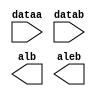
module lpm_compare0sdfhfdhw (
	dataa,
	datab,
	alb,
	aleb);

	input	[8:0]  dataa;
	input	[8:0]  datab;
	output	  alb;
	output	  aleb;

endmodule